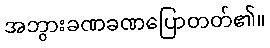
အဘွားခဏခဏပြောတတ်၏။